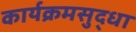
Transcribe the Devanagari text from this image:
कार्यक्रमसुद्धा